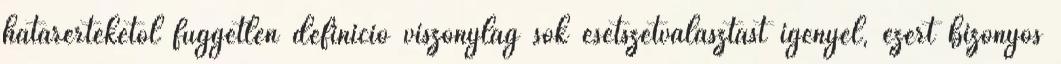
határértékétől független definíció viszonylag sok esetszétválasztást igényel, ezért bizonyos